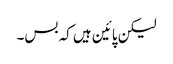
لیکن پائین ہیں کہ بس۔